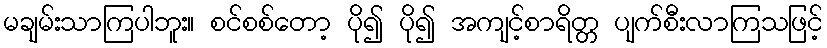
မချမ်းသာကြပါဘူး။ စင်စစ်တော့ ပို၍ ပို၍ အကျင့်စာရိတ္တ ပျက်စီးလာကြသဖြင့်